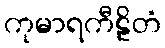
ကုမာရကီဠိတံ